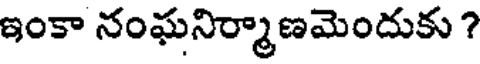
ఇంకా నంఘనిర్మాణమెందుకు ?